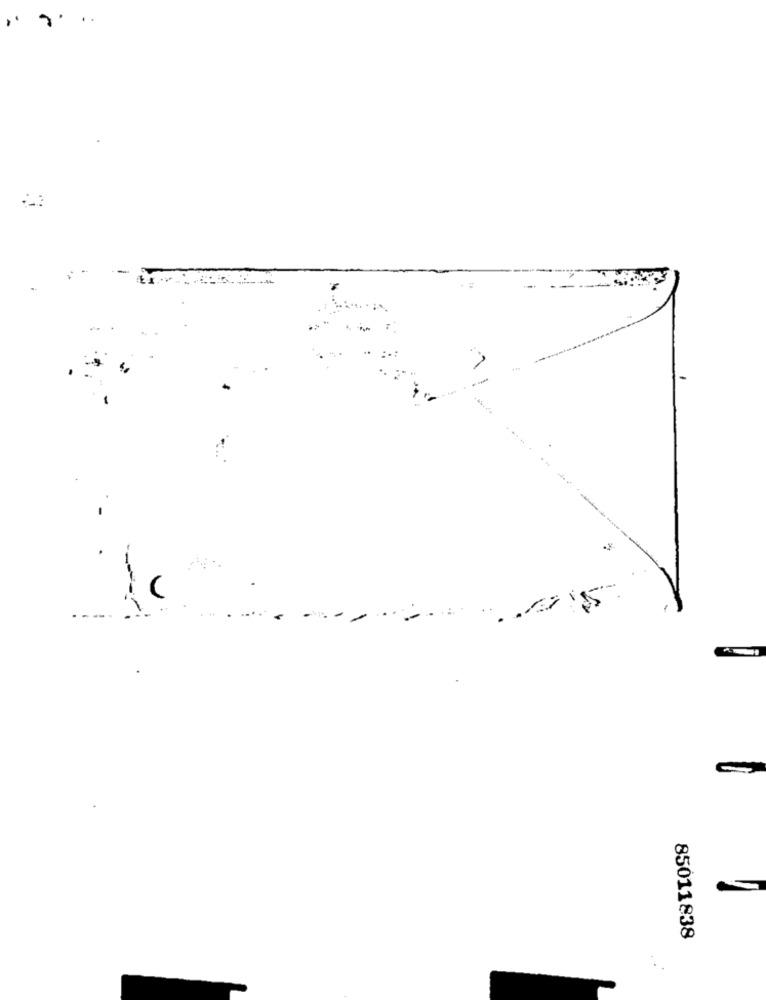
..
--.
85011838